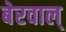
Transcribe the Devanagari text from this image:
बेरवाल्